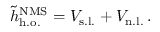
\tilde { h } _ { \mathrm { h . o . } } ^ { \mathrm { N M S } } = V _ { \mathrm { s . l . } } + V _ { \mathrm { n . l . } } \, .